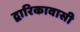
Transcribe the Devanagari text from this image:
द्वारिकावासी